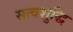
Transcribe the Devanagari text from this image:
सत्वशुद्धि